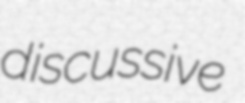
discussive